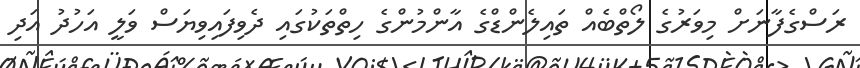
ރަސްގެފާނަށް މިވަރުގެ ލޯތްބެއް ތައިލެންޑްގެ އާންމުންގެ ހިތްތަކުގައި ދެވިފައިވިޔަސް ވަލީ އަހުދު އަދި